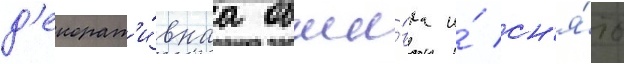
д'екорат'и́внаа обши́вка и́ сн'я́то